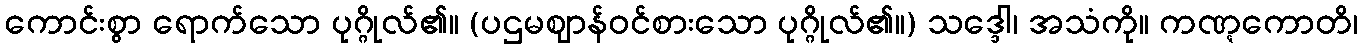
ကောင်းစွာ ရောက်သော ပုဂ္ဂိုလ်၏။ (ပဌမဈာန်ဝင်စားသော ပုဂ္ဂိုလ်၏။) သဒ္ဒေါ၊ အသံကို။ ကဏ္ဋကောတိ၊